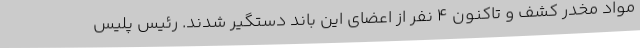
مواد مخدر کشف و تاکنون 4 نفر از اعضای این باند دستگیر شدند. رئیس پلیس